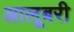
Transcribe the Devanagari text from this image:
आलूबरी